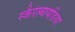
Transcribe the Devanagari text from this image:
स्कैराबायडिया